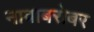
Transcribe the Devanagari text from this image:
नावाबरोबर